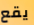
يقع